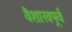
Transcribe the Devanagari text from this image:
वैशाखपूर्व